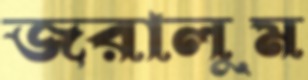
জরালুম